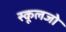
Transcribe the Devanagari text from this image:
स्कूलजो